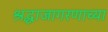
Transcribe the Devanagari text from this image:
श्रद्धाजागरणाच्या